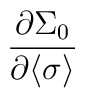
\frac{\partial \Sigma_0}{\partial \langle \sigma \rangle}